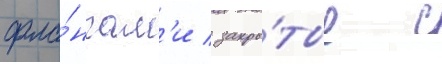
фла́нгам'и / закры́тые с